Report on enteric fever
Disease focus: Fever
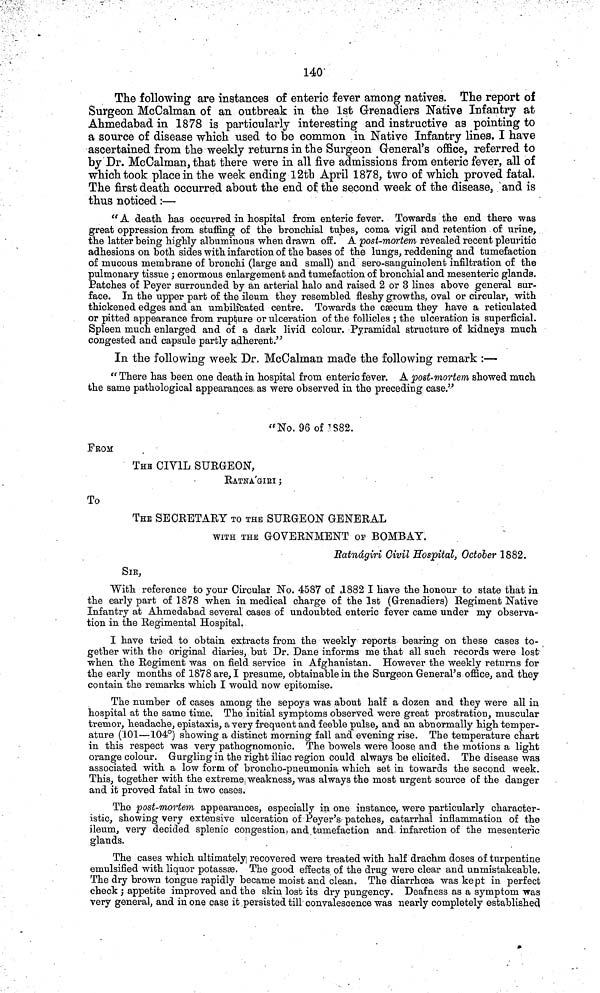
140
The following are instances of enteric fever among natives. The report of
Surgeon McCalman of an outbreak in the 1st Grenadiers Native Infantry at
Ahmedabad in 1878 is particularly interesting and instructive as pointing to
a source of disease which used to be common in Native Infantry lines. I have
ascertained from the weekly returns in the Surgeon General's office, referred to
by Dr. McCalman, that there were in all five admissions from enteric fever, all of
which took place in the week ending 12th April 1878, two of which proved fatal.
The first death occurred about the end of the second week of the disease, and is
thus noticed :—
"A death has occurred in hospital from enteric fever. Towards the end there was
great oppression from stuffing of the bronchial tubes, coma vigil and retention of urine,
the latter being highly albuminous when drawn off. A post-mortem revealed recent pleuritic
adhesions on both sides with infarction of the bases of the lungs, reddening and tumefaction
of mucous membrane of bronchi (large and small) and sero-sanguinolent infiltration of the
pulmonary tissue ; enormous enlargement and tumefaction of bronchial and mesenteric glands.
Patches of Peyer surrounded by an arterial halo and raised 2 or 3 lines above general sur-
face. In the upper part of the ileum they resembled fleshy growths, oval or circular, with
thickened edges and an umbilicated centre. Towards the cæcum they have a reticulated
or pitted appearance from rupture or ulceration of the follicles ; the ulceration is superficial.
Spleen much enlarged and of a dark livid colour. Pyramidal structure of kidneys much
congested and capsule partly adherent."
In the following week Dr. McCalman made the following remark :—
" There has been one death in hospital from enteric fever. A post-mortem showed much
the same pathological appearances as were observed in the preceding case."
"No. 96 of 1882.
FROM
THe CIVIL SURGEON,
RATNÁGIRI ;
To
THE SECRETARY TO THE SURGEON GENERAL
WITH THE GOVERNMENT OF BOMBAY.
Ratnágiri Civil Hospital, October 1882.
SIr,
With reference to your Circular No. 4587 of ,1882 I have the honour to state that in
the early part of 1878 when in medical charge of the 1st (Grenadiers) Regiment Native
Infantry at Ahmedabad several cases of undoubted enteric fever came under my observa-
tion in the Regimental Hospital.
I have tried to obtain extracts from the weekly reports bearing on these cases to-
gether with the original diaries, but Dr. Dane informs me that all such records were lost
when the Regiment was on field service in Afghanistan. However the weekly returns for
the early months of 1878 are, I presume, obtainable in the Surgeon General's office, and they
contain the remarks which I would now epitomise.
The number of cases among the sepoys was about half a dozen and they were all in
hospital at the same time. The initial symptoms observed were great prostration, muscular
tremor, headache, epistaxis, a very frequent and feeble pulse, and an abnormally high temper-
ature (101—104°) showing a distinct morning fall and evening rise. The temperature chart
in this respect was very pathognomonic. The bowels were loose and the motions a light
orange colour. Gurgling in the right iliac region could always be elicited. The disease was
associated with a low form of broncho-pneumonia which set in towards the second week.
This, together with the extreme weakness, was always the most urgent source of the danger
and it proved fatal in two cases.
The post-mortem appearances, especially in one instance, were particularly character-
istic, showing very extensive ulceration of Peyer's patches, catarrhal inflammation of the
ileuni, very decided splenic congestion, and tumefaction and infarction of the mesenteric
glands.
The cases which ultimately recovered were treated with half drachm doses of turpentine
emulsified with liquor potassse. The good effects of the drug were clear and unmistakeable.
The dry brown tongue rapidly became moist and clean. The diarrhoea was kept in perfect
check ; appetite improved and the skin lost its dry pungency. Deafness as a symptom was
very general, and in one case it persisted till convalescence was nearly completely established